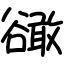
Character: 豃